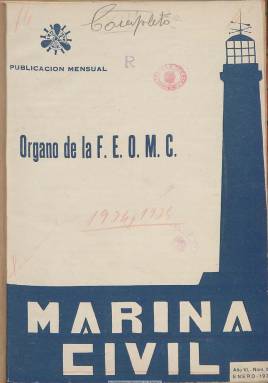
Título: Marina civil (Madrid. 1934)
Colección: Navegación
Ámbito geográfico: Madrid
Lugar de publicación: Madrid
Fechas: 01/01/1934-31/03/1936

Órgano de la Federación Española de Oficiales de la Marina Civil (F.E.O.M.C.), organización creada en noviembre de 1928 para aglutinar en su seno a las distintas asociaciones y sindicatos en la defensa de las reivindicaciones profesionales, laborales y sociales de quienes trabajan en la marina mercante en sus diversas especialidades (capitanes y pilotos, oficiales radiotelegrafistas o maquinistas). Es por ello que esta publicación debió comenzar a editarse en esa fecha, quizá al principio con frecuencia quincenal. La colección de la Biblioteca Nacional de España comienza en su sexto año de edición, como publicación mensual y con el número 62, correspondiente a enero de 1934, y finaliza en el número 86, de marzo de 1936.

Sus entregas son en torno a la treintena de páginas, que después reducirá, además de no cumplir con su frecuencia mensual en alguna ocasión. Comienza cada número con un Editorial, en el que ofrece su opinión sobre las distintas cuestiones que en este periodo afectan a la organización de la marina mercante o sobre la reglamentación del trabajo en el sector. Le siguen otros artículos de opinión, así como secciones bajo los epígrafes Temas sociales (formación profesional, etc.), Informaciones de la Federación (reuniones de la organización), Información particular de las asociaciones federadas (náuticas, de capitanes y pilotos, de maquinistas y de sindicatos marítimos), De los periódicos oficiales (con una clasificación temática) y, finalmente, otra titulada Direcciones recomendadas (centros de instrucción, consignatarios, etc.), y algunas noticias breves. En los números conservados apenas publica un fotograbado. Inserta también alguna publicidad comercial de algún almacén de efectos navales o de algún astillero.

Desde 1931 hasta finales de 1934 fue presidente de la federación Alfonso de Azocaga y Ugarte. Desde otra dialéctica sindical se editó también por estos años otra publicación bajo el título Marina social. Sobre el movimiento asociativo y sindical de los miembros de la marina mercante en el periodo republicano, véase el trabajo publicado por Juan Zamora Terrés (1999).